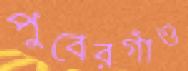
পুবেরগাঁও